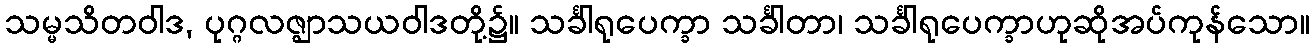
သမ္မသိတဝါဒ, ပုဂ္ဂလဇ္ဈာသယဝါဒတို့၌။ သင်္ခါရုပေက္ခာ သင်္ခါတာ၊ သင်္ခါရုပေက္ခာဟုဆိုအပ်ကုန်သော။